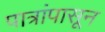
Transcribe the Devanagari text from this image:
पात्रांपासून